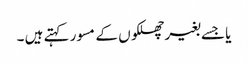
یا جسے بغیر چھلکوں کے مسور کہتے ہیں ۔